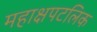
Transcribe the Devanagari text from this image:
महाक्षपटलिक